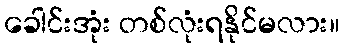
ခေါင်းအုံး တစ်လုံးရနိုင်မလား။